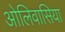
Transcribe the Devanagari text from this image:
ओलिवासिया